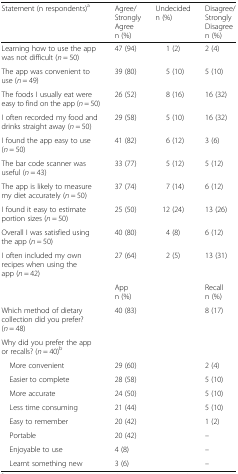
<table><thead><tr><td><b>Statement (n respondents)<sup>a</sup></b></td><td><b>Agree/Strongly Agreen (%)</b></td><td><b>Undecidedn (%)</b></td><td><b>Disagree/Strongly Disagreen (%)</b></td></tr></thead><tbody><tr><td>Learning how to use the app was not difficult (<i>n</i> = 50)</td><td>47 (94)</td><td>1 (2)</td><td>2 (4)</td></tr><tr><td>The app was convenient to use (<i>n</i> = 49)</td><td>39 (80)</td><td>5 (10)</td><td>5 (10)</td></tr><tr><td>The foods I usually eat were easy to find on the app (<i>n</i> = 50)</td><td>26 (52)</td><td>8 (16)</td><td>16 (32)</td></tr><tr><td>I often recorded my food and drinks straight away (<i>n</i> = 50)</td><td>29 (58)</td><td>5 (10)</td><td>16 (32)</td></tr><tr><td>I found the app easy to use (<i>n</i> = 50)</td><td>41 (82)</td><td>6 (12)</td><td>3 (6)</td></tr><tr><td>The bar code scanner was useful (<i>n</i> = 43)</td><td>33 (77)</td><td>5 (12)</td><td>5 (12)</td></tr><tr><td>The app is likely to measure my diet accurately (<i>n</i> = 50)</td><td>37 (74)</td><td>7 (14)</td><td>6 (12)</td></tr><tr><td>I found it easy to estimate portion sizes (<i>n</i> = 50)</td><td>25 (50)</td><td>12 (24)</td><td>13 (26)</td></tr><tr><td>Overall I was satisfied using the app (<i>n</i> = 50)</td><td>40 (80)</td><td>4 (8)</td><td>6 (12)</td></tr><tr><td>I often included my own recipes when using the app (<i>n</i> = 42)</td><td>27 (64)</td><td>2 (5)</td><td>13 (31)</td></tr><tr><td></td><td>Appn (%)</td><td></td><td>Recalln (%)</td></tr><tr><td>Which method of dietary collection did you prefer? (<i>n</i> = 48)</td><td>40 (83)</td><td></td><td>8 (17)</td></tr><tr><td>Why did you prefer the app or recalls? (<i>n</i> = 40)<sup>b</sup></td><td></td><td></td><td></td></tr><tr><td> More convenient</td><td>29 (60)</td><td></td><td>2 (4)</td></tr><tr><td> Easier to complete</td><td>28 (58)</td><td></td><td>5 (10)</td></tr><tr><td> More accurate</td><td>24 (50)</td><td></td><td>5 (10)</td></tr><tr><td> Less time consuming</td><td>21 (44)</td><td></td><td>5 (10)</td></tr><tr><td> Easy to remember</td><td>20 (42)</td><td></td><td>1 (2)</td></tr><tr><td> Portable</td><td>20 (42)</td><td></td><td>–</td></tr><tr><td> Enjoyable to use</td><td>4 (8)</td><td></td><td>–</td></tr><tr><td> Learnt something new</td><td>3 (6)</td><td></td><td>–</td></tr></tbody></table>